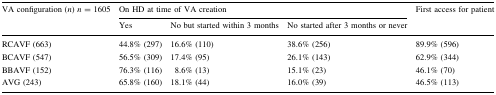
<table><thead><tr><td><b>VA configuration (<i>n</i>) <i>n</i> = 1605</b></td><td colspan="3"><b>On HD at time of VA creation</b></td><td><b>First access for patient</b></td></tr><tr><td></td><td><b>Yes</b></td><td><b>No but started within 3 months</b></td><td><b>No started after 3 months or never</b></td><td></td></tr></thead><tbody><tr><td>RCAVF (663)</td><td>44.8% (297)</td><td>16.6% (110)</td><td>38.6% (256)</td><td>89.9% (596)</td></tr><tr><td>BCAVF (547)</td><td>56.5% (309)</td><td>17.4% (95)</td><td>26.1% (143)</td><td>62.9% (344)</td></tr><tr><td>BBAVF (152)</td><td>76.3% (116)</td><td>8.6% (13)</td><td>15.1% (23)</td><td>46.1% (70)</td></tr><tr><td>AVG (243)</td><td>65.8% (160)</td><td>18.1% (44)</td><td>16.0% (39)</td><td>46.5% (113)</td></tr></tbody></table>